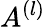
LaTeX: A^{(l)}